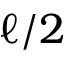
\ell / 2